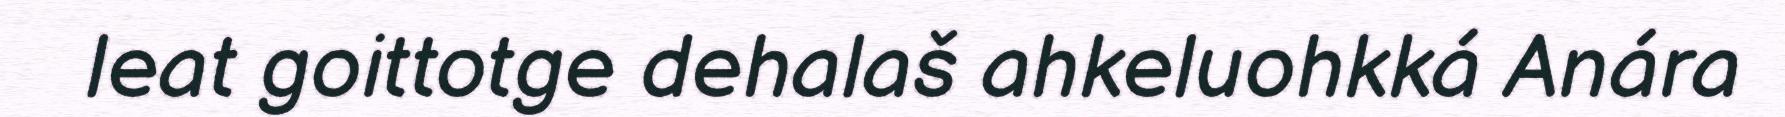
leat goittotge dehalaš ahkeluohkká Anára